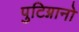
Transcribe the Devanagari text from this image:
पुटिग्नानो